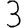
Digit: 3